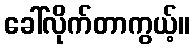
ခေါ်လိုက်တာကွယ့်။